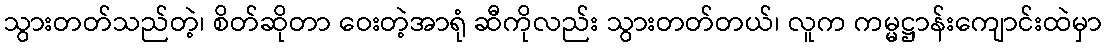
သွားတတ်သည်တဲ့၊ စိတ်ဆိုတာ ဝေးတဲ့အာရုံ ဆီကိုလည်း သွားတတ်တယ်၊ လူက ကမ္မဋ္ဌာန်းကျောင်းထဲမှာ